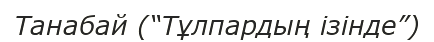
Танабай (“Тұлпардың ізінде”)